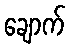
ချောက်